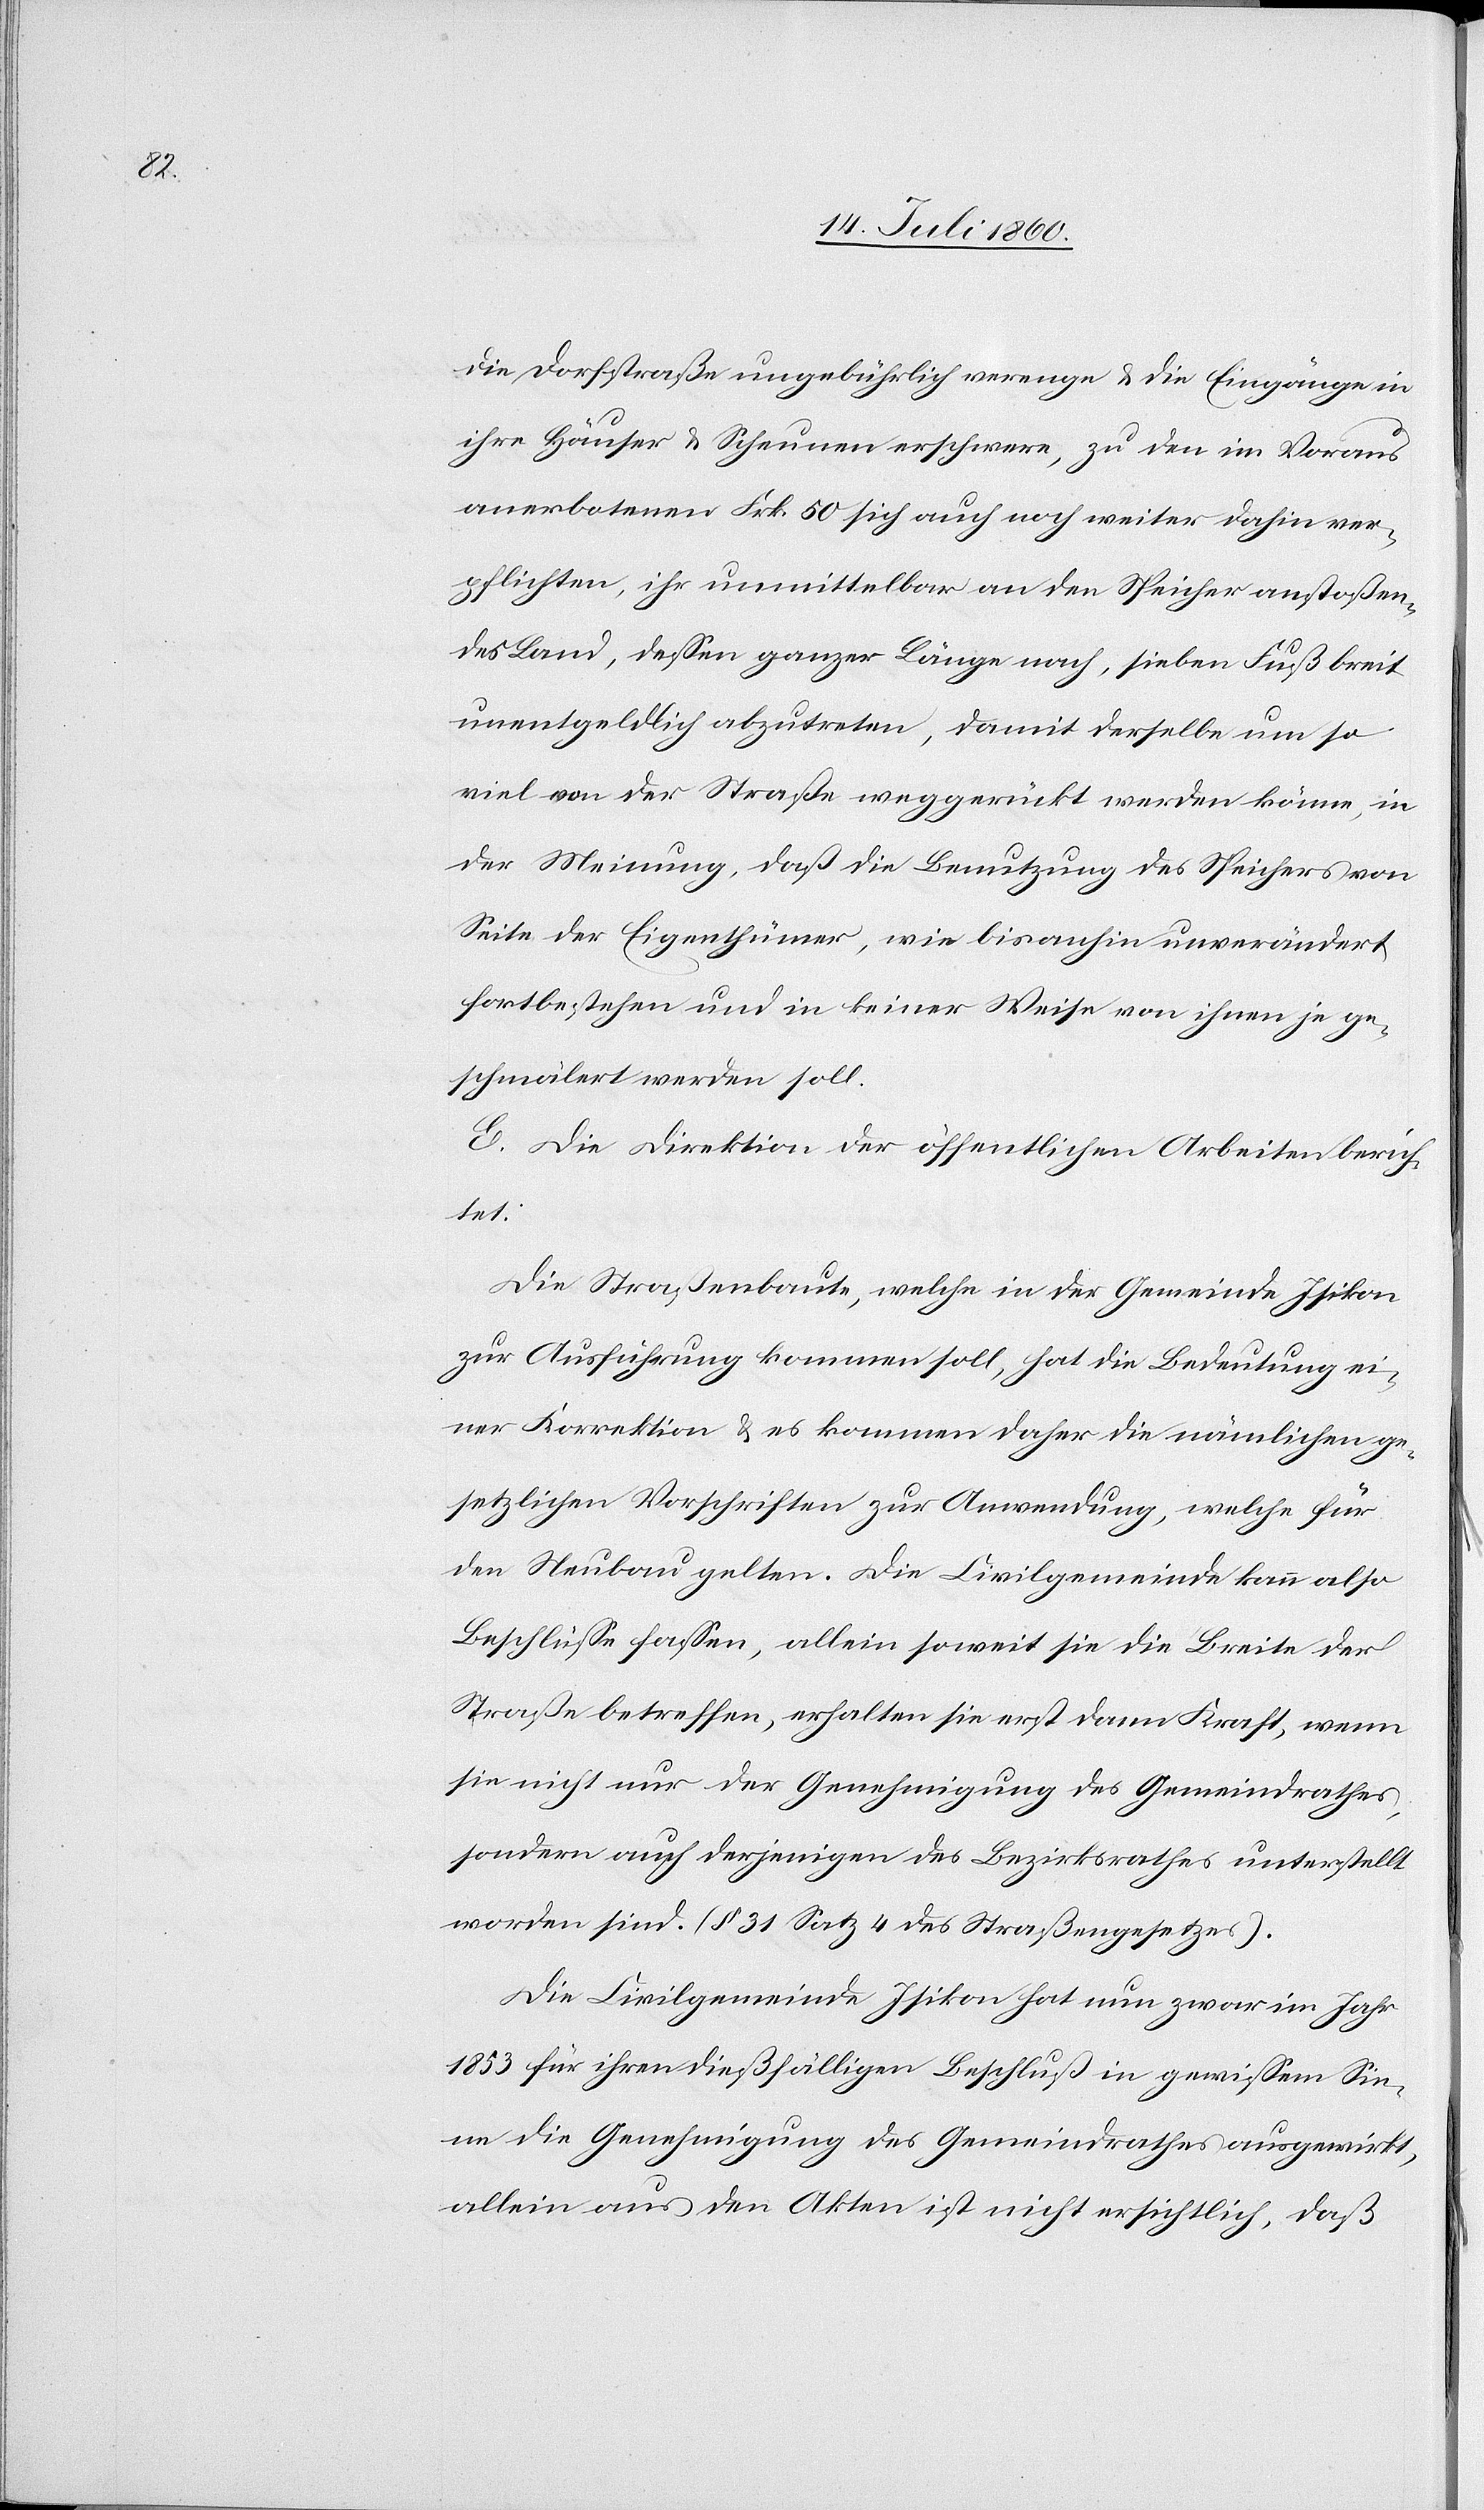
die Dorfstraße ungebührlich verenge & die Eingänge in
ihre Häuser & Scheunen erschwere, zu den im Voraus
anerbotenen Frk. 50 sich auch noch weiter dahin ver¬
pflichten, ihr unmittelbar an den Speicher anstoßen¬
des Land, dessen ganzer Länge nach, sieben Fuß breit
unentgeldlich abzutreten, damit derselbe um so¬
viel von der Straße weggerückt werden könne, in
der Meinung, daß die Benutzung des Speichers von
Seite der Eigenthümer, wie bisanhin unverändert
fortbestehen und in keiner Weise von ihnen je ge¬
schmälert werden soll.
E. Die Direktion der öffentlichen Arbeiten berich¬
tet:
Die Straßenbaute, welche in der Gemeinde Isikon
zur Ausführung kommen soll, hat die Bedeutung ei¬
ner Korrektion & es kommen daher die nämlichen ge¬
setzlichen Vorschriften zur Anwendung, welche für
den Neubau gelten. Die Civilgemeinde kann also
Beschlüsse fassen, allein soweit sie die Breite der
Straße betreffen, erhalten sie erst dann Kraft, wenn
sie nicht nur der Genehmigung des Gemeindrathes,
sondern auch derjenigen des Bezirksrathes unterstellt
worden sind. (§ 31 Satz 4 des Straßengesetzes).
Die Civilgemeinde Isikon hat nun zwar im Jahr
1853 für ihren dießfälligen Beschluß in gewissem Sin¬
ne die Genehmigung des Gemeindrathes ausgewirkt,
allein aus den Akten ist nicht ersichtlich, daß